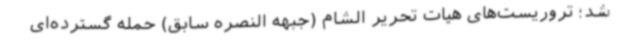
شد؛ تروریست‌های هیات تحریر الشام (جبهه النصره سابق) حمله گسترده‌ای